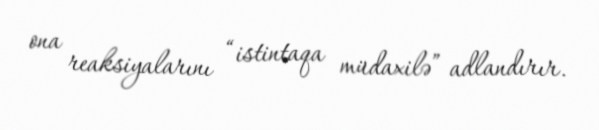
ona reaksiyalarını “istintaqa müdaxilə” adlandırır.